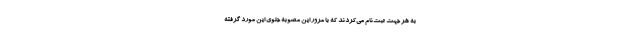
به هر جهت ثبت‌نام می‌کردند که با مرور این مصوبه جلوی این مورد گرفته